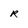
Character: R